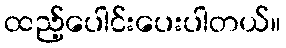
ထည့်ပေါင်းပေးပါတယ်။